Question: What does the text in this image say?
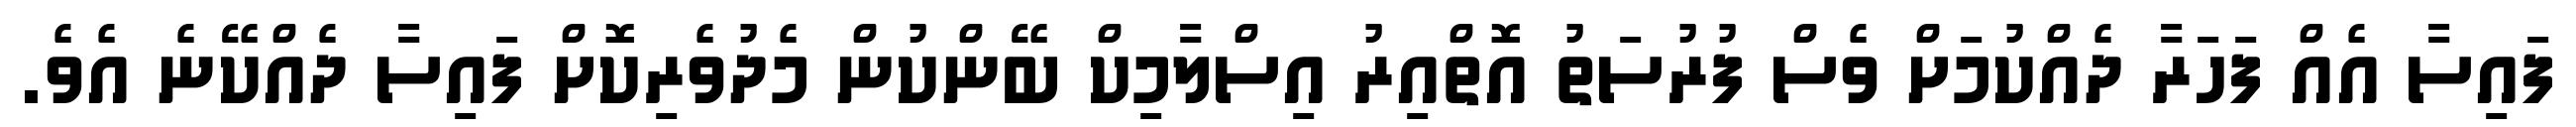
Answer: ފައިސާ އެއް ފަހަރާ ދެއްކުމަށް ވެސް ފުރުސަތު އޮތްއިރު އިސްލާމިކް ބޭންކުން މެދުވެރިކޮށް ފައިސާ ދެއްކޭނެ އެވެ.